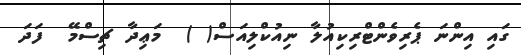
ގައި އިންނަ ޕެރިވެންޓްރިކިއުލާ ނިއުކްލިއަސް( )  މަޢިދާ ޗިސްމޭ  ފަދަ